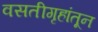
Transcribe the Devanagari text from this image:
वसतीगृहांतून